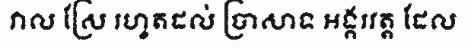
វាល ស្រែ រហូតដល់ ប្រាសាទ អង្គរវត្ត ដែល